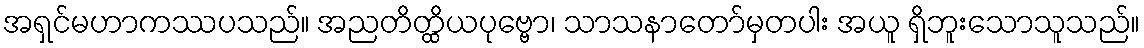
အရှင်မဟာကဿပသည်။ အညတိတ္ထိယပုဗ္ဗော၊ သာသနာတော်မှတပါး အယူ ရှိဘူးသောသူသည်။